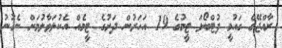
ރާއްޖޭގެ ގައުމީ ފުޓްބޯޅަ ޓީމުގެ 19 އަހަރުން ދަށުގެ ޓީމެއް އެކުލަވާލުމަށް ނެގުނު